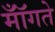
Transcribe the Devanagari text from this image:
मॉँगते